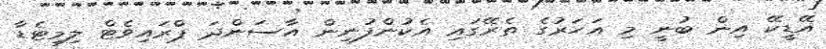
އޭޑީކޭ އިން ބުނީ މި އަހަރުގެ ތެރޭގައި އެކުންފުނިން އާސަންދަ ޕްރައިވެޓް ލިމިޓެޑާ